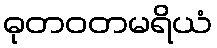
ဓုတဝတမရိယံ